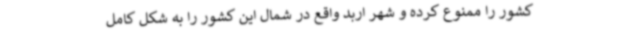
کشور را ممنوع کرده و شهر اربد واقع در شمال این کشور را به شکل کامل